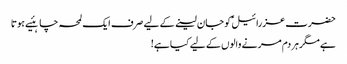
حضرت عزرائیلؑ کو جان لینے کے لیے صرف ایک لمحہ چاہئیے ہوتا
ہے مگرہر دم مر نے والوں کے لیے کیا ہے!